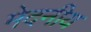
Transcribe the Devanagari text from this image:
मेदनीय